Leaving Certificate Examination (including Day School Certificate (Higher) General paper), 1934
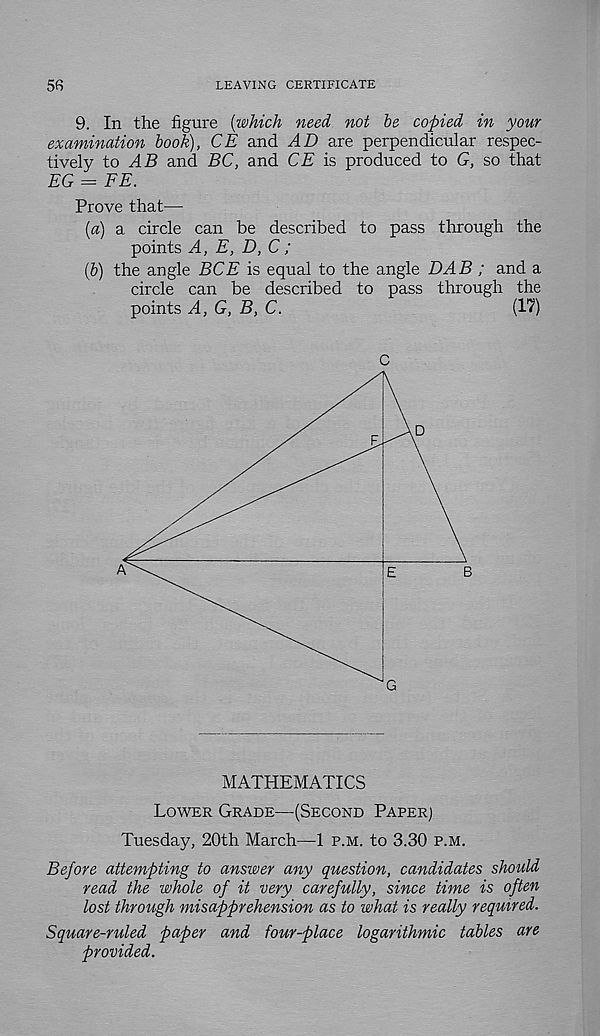
56
LEAVING CERTIFICATE
9. In the figure {which need not be copied in your
examination book), CE and AD are perpendicular respec-
tively to AB and BC, and CE is produced to G, so that
EG = FE.
Prove that—
[a) a circle can be described to pass through the
points A, E, D, C;
{b) the angle BCE is equal to the angle DAB ; and a
circle can be described to pass through the
points A, G, B, C.
(17)
C
MATHEMATICS
Lower Grade—(Second Paper]
Tuesday, 20th March—1 p.m. to 3.30 p.m.
Before attempting to answer any question, candidates should
read the whole of it very carefully, since time is often
lost through misapprehension as to what is really required.
Square-ruled paper and four-place logarithmic tables are
provided.